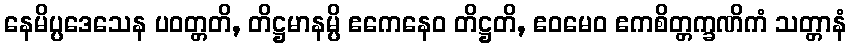
နေမိပ္ပဒေသေန ပဝတ္တတိ, တိဋ္ဌမာနမ္ပိ ဧကေနေဝ တိဋ္ဌတိ, ဧဝမေဝ ဧကစိတ္တက္ခဏိကံ သတ္တာနံ